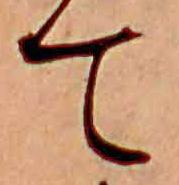
て